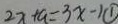
2 x + a = 3 x - 1 \textcircled { 1 }